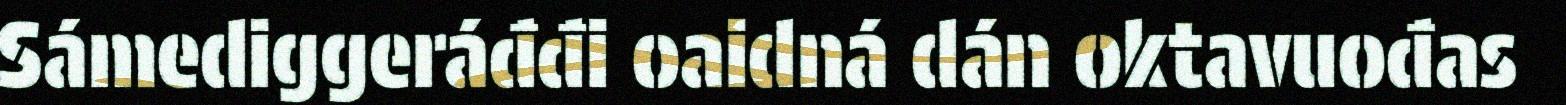
Sámediggeráđđi oaidná dán oktavuođas